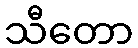
သီတော